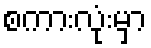
စကားလုံးမှာ